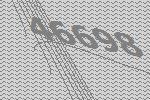
46698